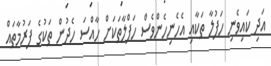
އަދި ކައިވެނި ހަފުލާ ތަކާއި އެހެނިހެންވެސް ހަފްލާތަކަށް ހާއްސަ ހެދުން ތަކުގެ ފަރުމާތައް